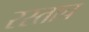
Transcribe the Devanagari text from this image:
रस्ताच